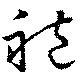
袍